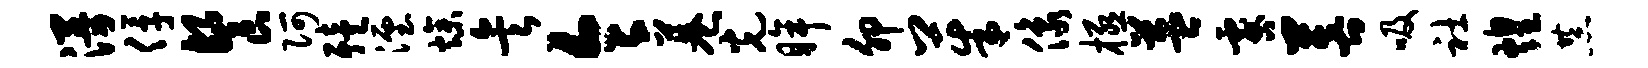
漫俘餐阿殪湮燥矣令巷光眸卯茱像极益咎菩吸社煌恭